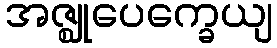
အဇ္ဈုပေက္ခေယျ